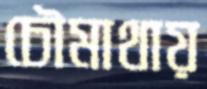
চৌমাথায়